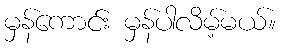
မှန်ကောင်း မှန်ပါလိမ့်မယ်။